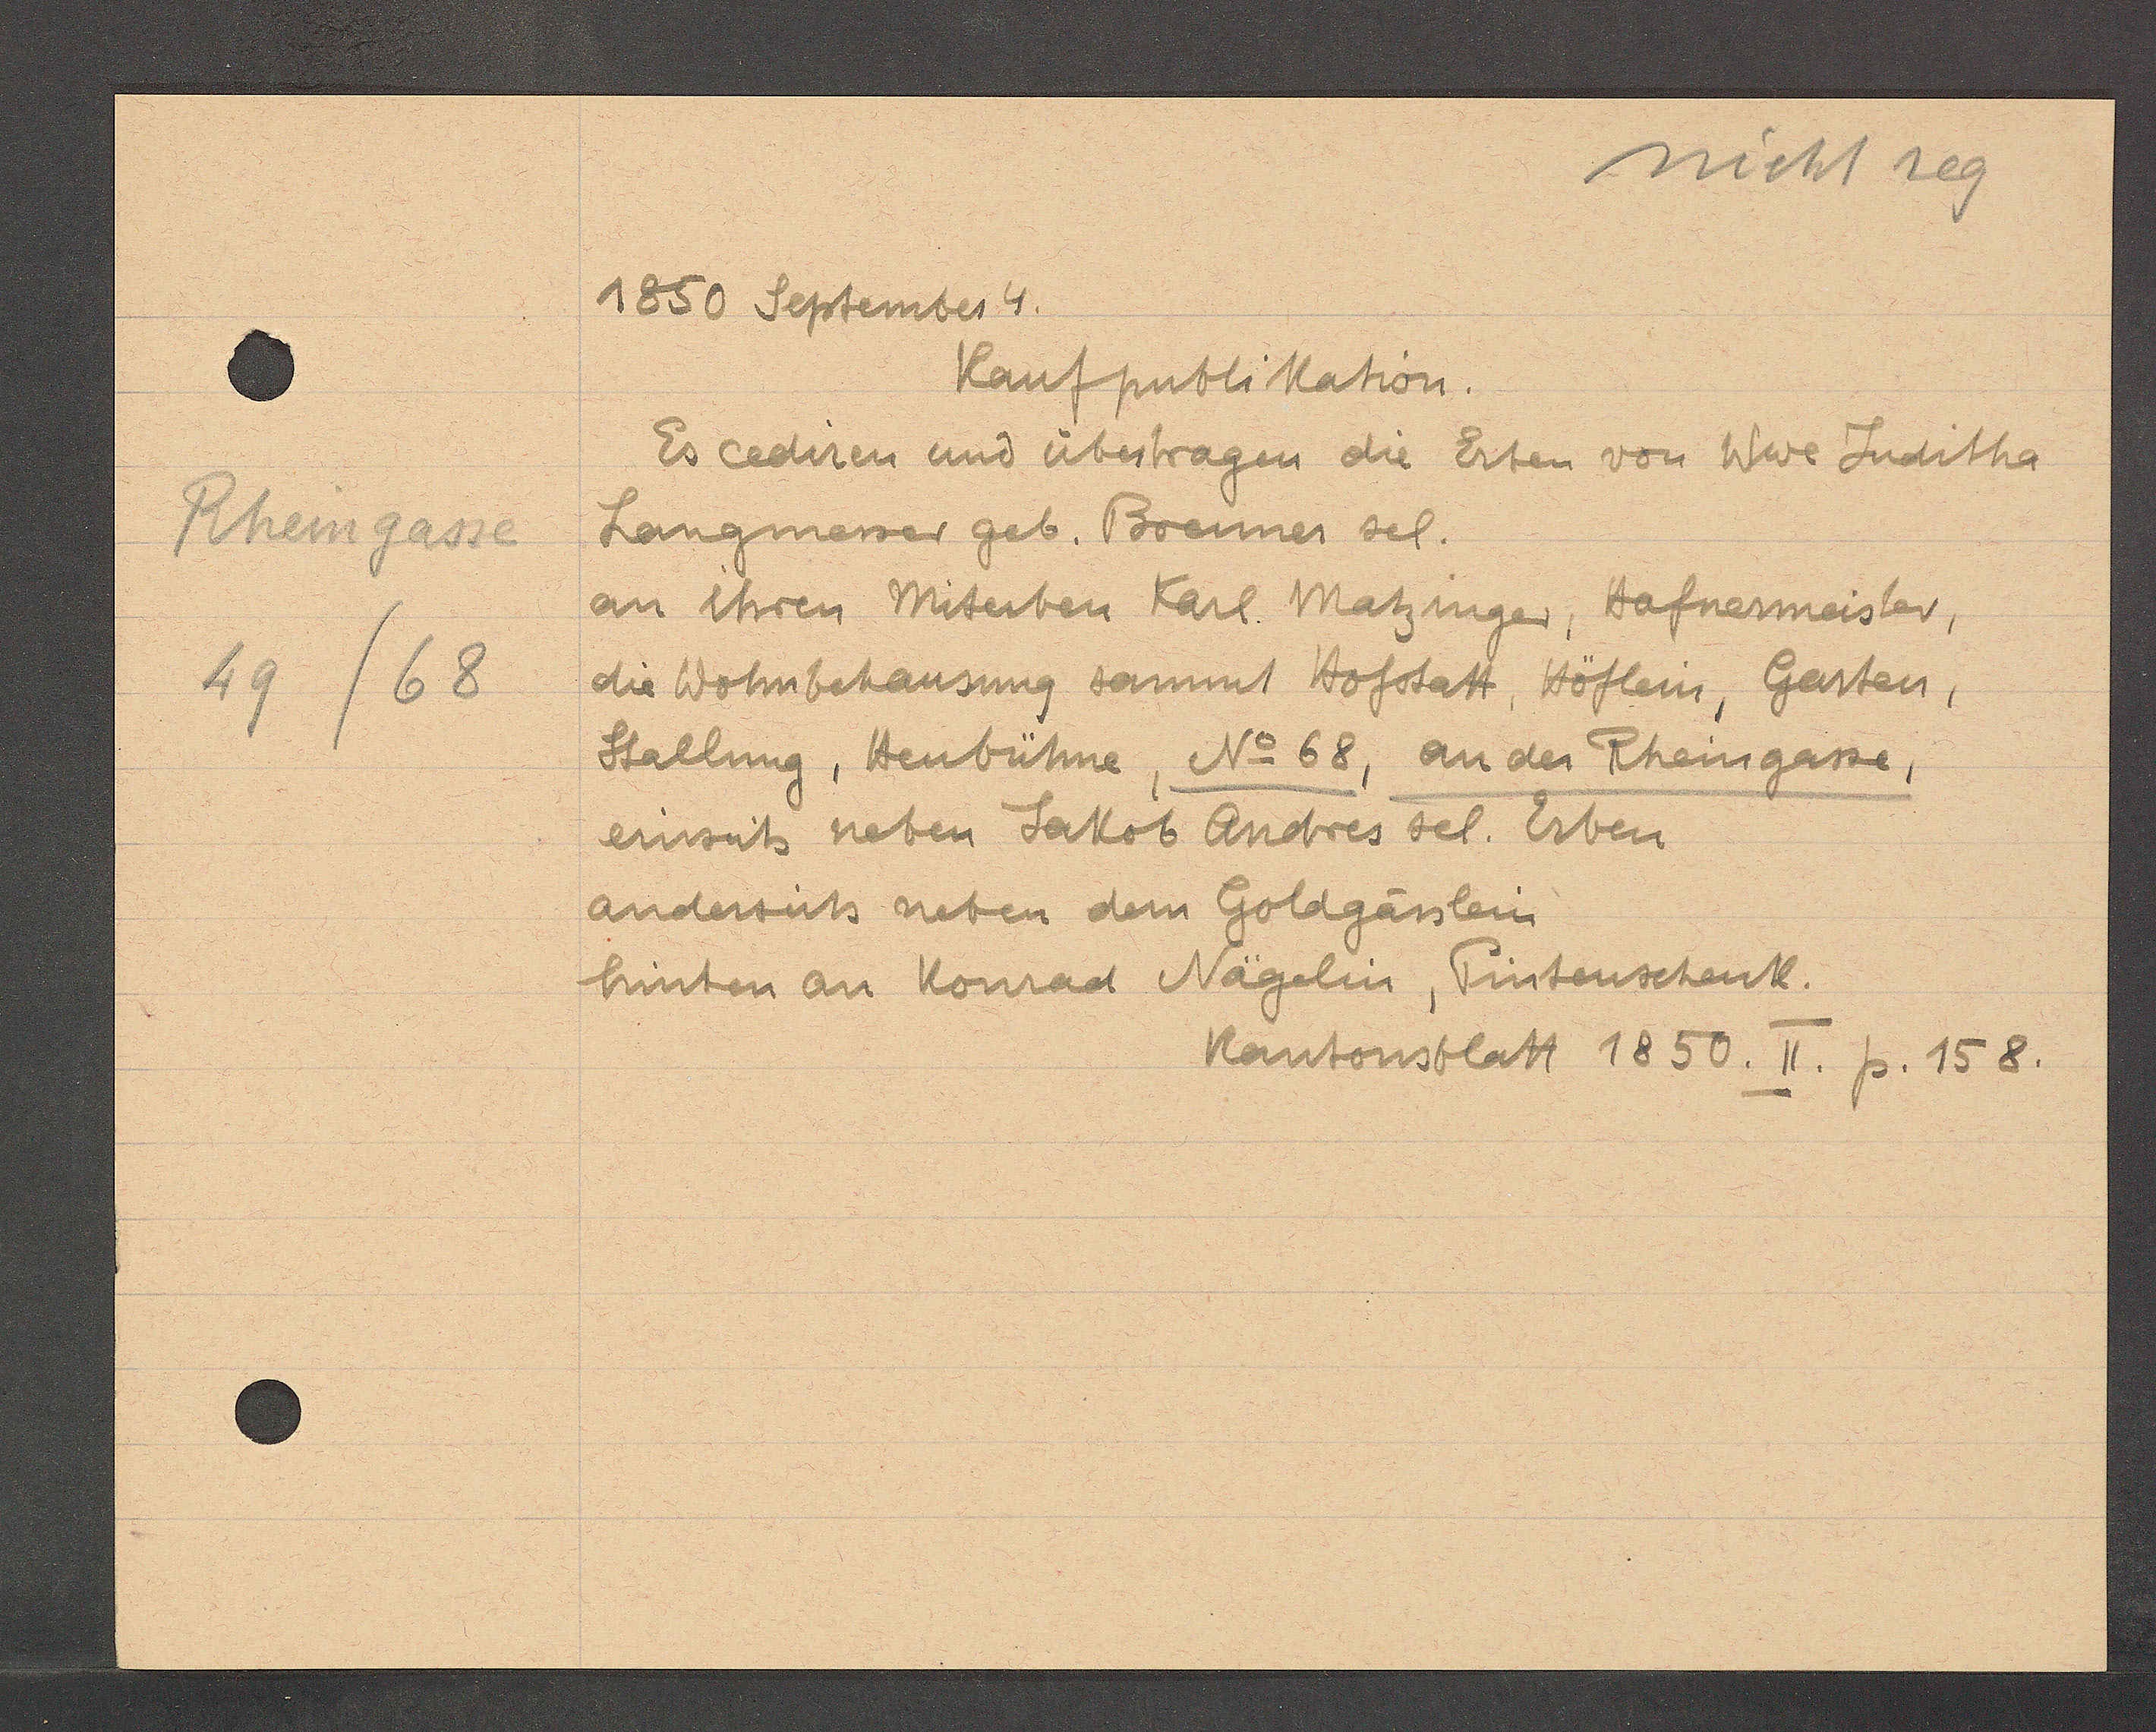
Transcript:
Rheingasse
49/68

1850 September 4.

Kaufpublikation.
Es cediren und übertragen die Erten von Wwe Juditha
Langmesser geb. Brenner sel.
an ihren Miterben Karl. Matzinger, Hafnermeister,
die Wohnbehausung sammt Hofstatt, Höflein, Garten,
Stallung, Heubühne, No 68, an der Rheingasse,
einseits neben Jakob Andres sel. Erben
andersits neben dem Goldgässlein
hinten an Konrad Nägelin, Pintenschenkh.

Kantonsblatt 1850. II. p. 158.